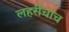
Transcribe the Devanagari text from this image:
लहरींचाच